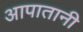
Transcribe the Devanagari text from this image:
आपातानी